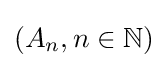
(A_{n},n\in \mathbb {N} )